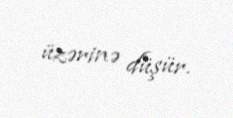
üzərinə düşür.